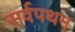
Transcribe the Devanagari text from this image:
सर्वपथम